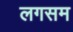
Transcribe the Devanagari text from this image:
लगसम